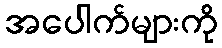
အပေါက်များကို